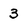
Character: 3